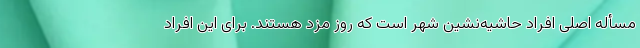
مسأله اصلی افراد حاشیه‌نشین شهر است که روز مزد هستند. برای این افراد